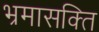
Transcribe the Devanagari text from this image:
भ्रमासक्‍ति